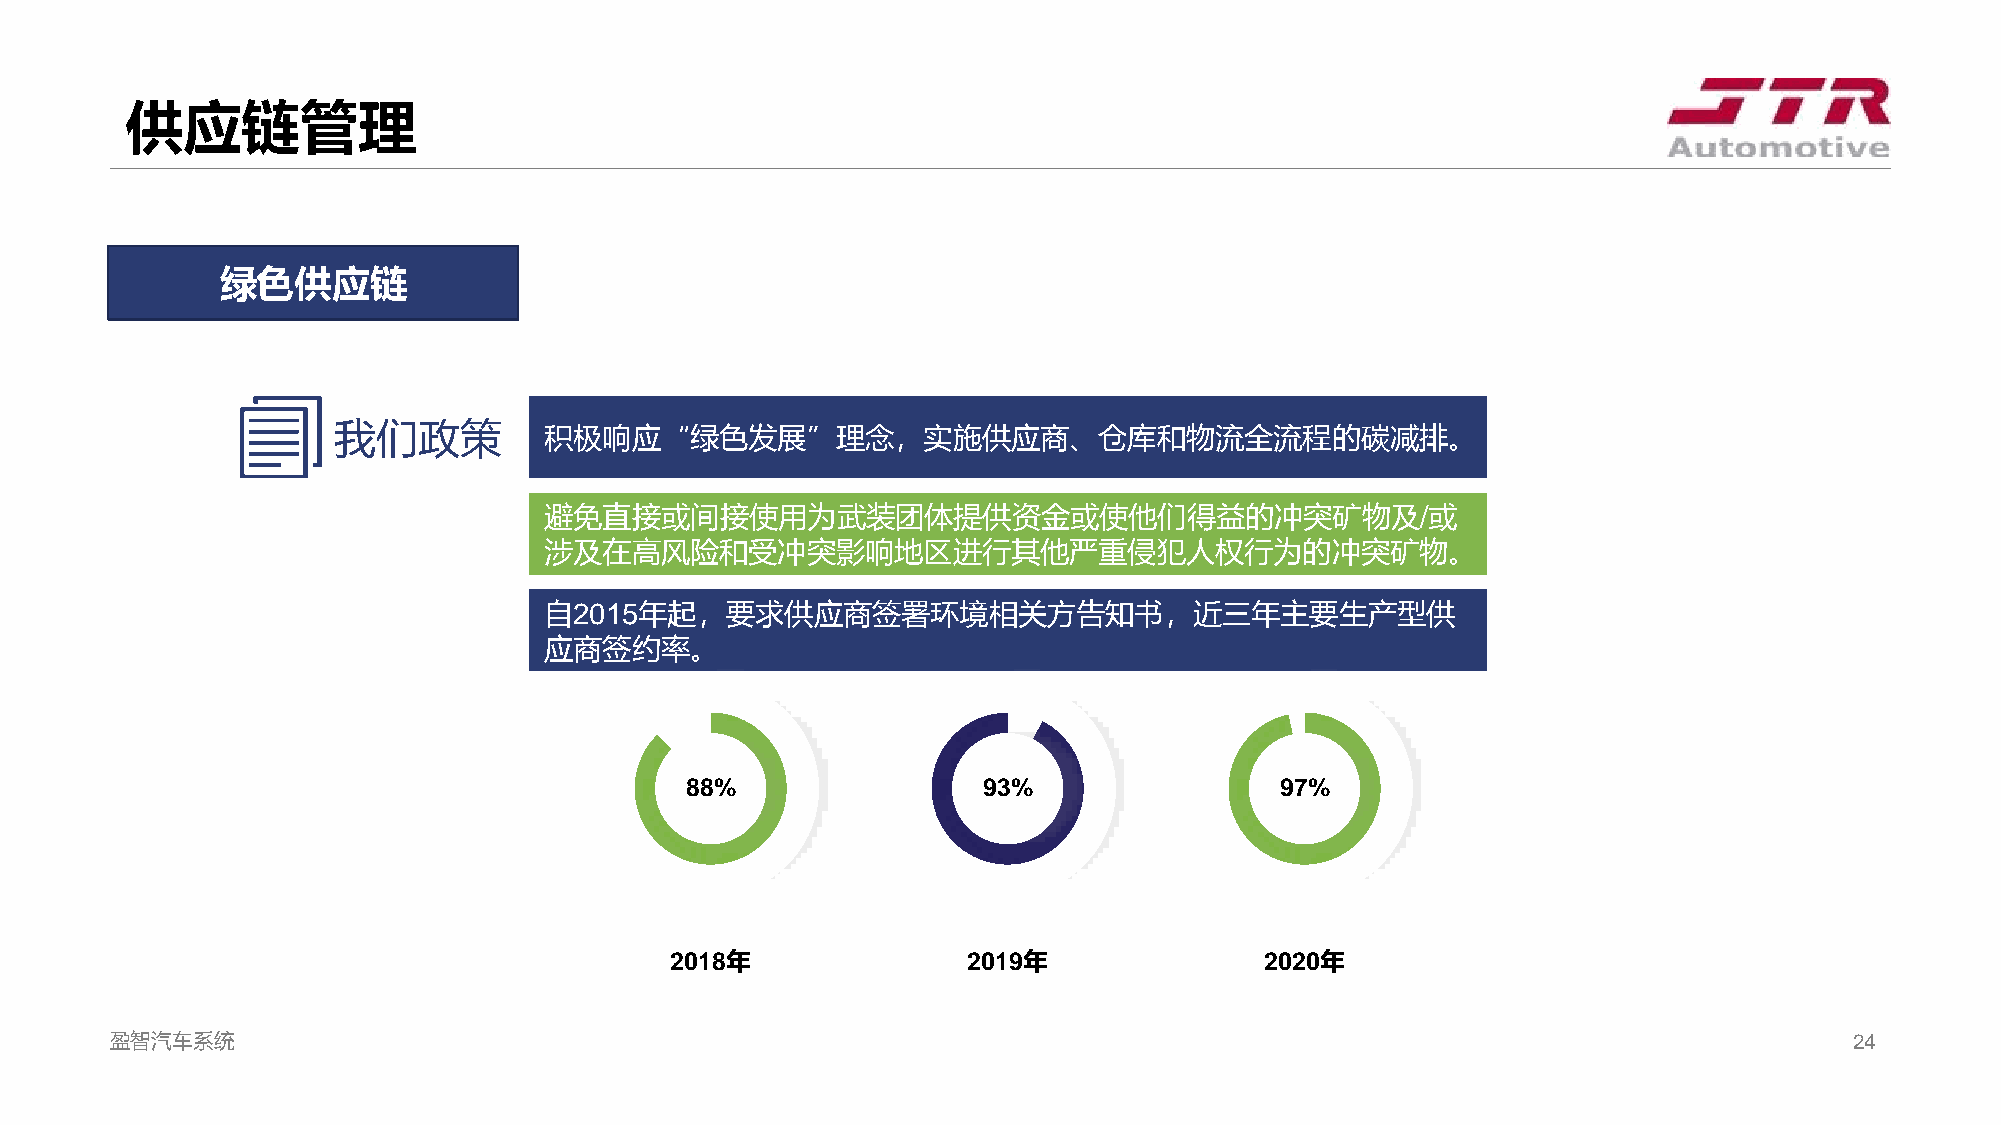
供应链管理
 绿色供应链
 我们政策          积极响应“绿色发展”理念，实施供应商、仓库和物流全流程的碳减排。
 避免直接或间接使用为武装团体提供资金或使他们得益的冲突矿物及/或
 涉及在高风险和受冲突影响地区进行其他严重侵犯人权行为的冲突矿物。
 自2015年起，要求供应商签署环境相关方告知书，近三年主要生产型供
 应商签约率。
 88%                 93%                 97%
 2018年               2019年               2020年
 盈智汽车系统                                                                                                              24